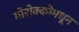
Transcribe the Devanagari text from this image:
मोरोक्कोमधून